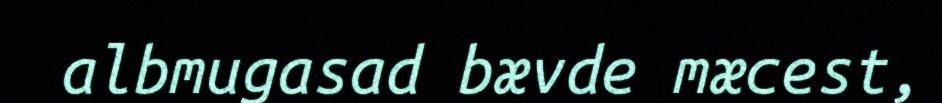
albmugasad bævde mæcest,